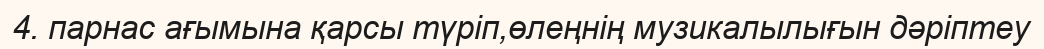
4. парнас ағымына қарсы түріп,өлеңнің музикалылығын дәріптеу